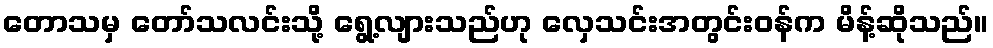
တောသမှ တော်သလင်းသို့ ရွေ့လျားသည်ဟု လှေသင်းအတွင်းဝန်က မိန့်ဆိုသည်။